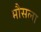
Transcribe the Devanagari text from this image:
भौसला